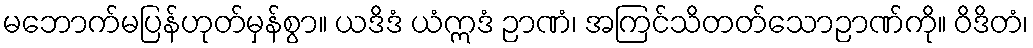
မဘောက်မပြန်ဟုတ်မှန်စွာ။ ယဒိဒံ ယံဣဒံ ဉာဏံ၊ အကြင်သိတတ်သောဉာဏ်ကို။ ဝိဒိတံ၊